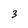
Character: 3